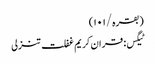
(بقرہ/١٠١)
ٹیگس: قران کریم غفلت تنزلی